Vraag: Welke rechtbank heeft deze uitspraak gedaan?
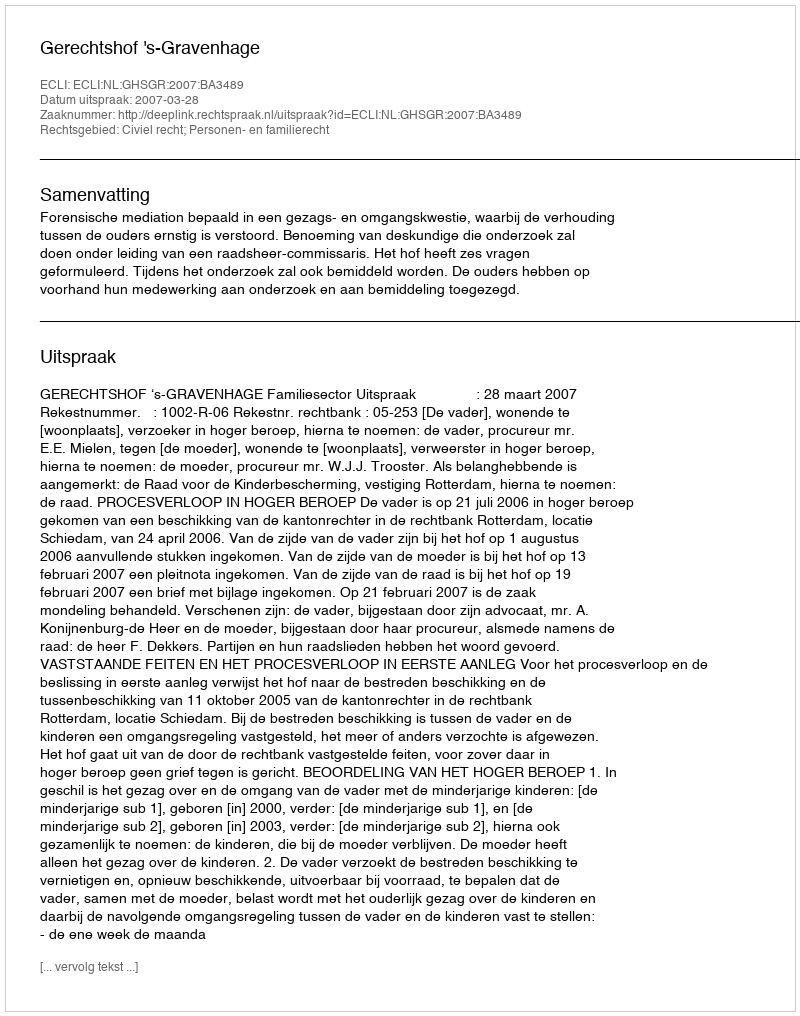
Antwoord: Gerechtshof 's-Gravenhage